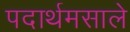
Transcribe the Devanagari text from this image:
पदार्थमसाले